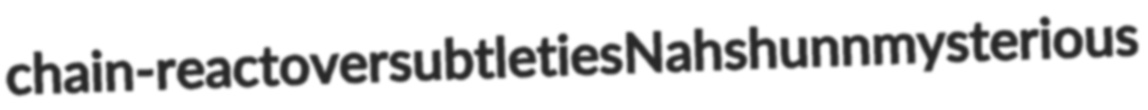
chain-react oversubtleties Nahshunn mysterious